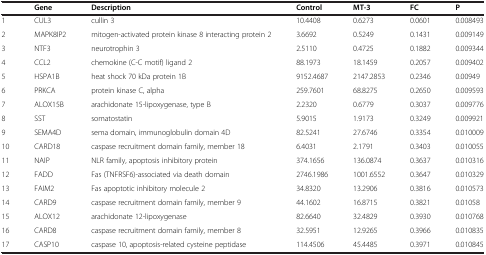
<table><thead><tr><td><b> </b></td><td><b>Gene</b></td><td><b>Description</b></td><td><b>Control</b></td><td><b>MT-3</b></td><td><b>FC</b></td><td><b>P</b></td></tr></thead><tbody><tr><td>1</td><td>CUL3</td><td>cullin 3</td><td>10.4408</td><td>0.6273</td><td>0.0601</td><td>0.008493</td></tr><tr><td>2</td><td>MAPK8IP2</td><td>mitogen-activated protein kinase 8 interacting protein 2</td><td>3.6692</td><td>0.5249</td><td>0.1431</td><td>0.009149</td></tr><tr><td>3</td><td>NTF3</td><td>neurotrophin 3</td><td>2.5110</td><td>0.4725</td><td>0.1882</td><td>0.009344</td></tr><tr><td>4</td><td>CCL2</td><td>chemokine (C-C motif) ligand 2</td><td>88.1973</td><td>18.1459</td><td>0.2057</td><td>0.009402</td></tr><tr><td>5</td><td>HSPA1B</td><td>heat shock 70 kDa protein 1B</td><td>9152.4687</td><td>2147.2853</td><td>0.2346</td><td>0.00949</td></tr><tr><td>6</td><td>PRKCA</td><td>protein kinase C, alpha</td><td>259.7601</td><td>68.8275</td><td>0.2650</td><td>0.009593</td></tr><tr><td>7</td><td>ALOX15B</td><td>arachidonate 15-lipoxygenase, type B</td><td>2.2320</td><td>0.6779</td><td>0.3037</td><td>0.009776</td></tr><tr><td>8</td><td>SST</td><td>somatostatin</td><td>5.9015</td><td>1.9173</td><td>0.3249</td><td>0.009921</td></tr><tr><td>9</td><td>SEMA4D</td><td>sema domain, immunoglobulin domain 4D</td><td>82.5241</td><td>27.6746</td><td>0.3354</td><td>0.010009</td></tr><tr><td>10</td><td>CARD18</td><td>caspase recruitment domain family, member 18</td><td>6.4031</td><td>2.1791</td><td>0.3403</td><td>0.010055</td></tr><tr><td>11</td><td>NAIP</td><td>NLR family, apoptosis inhibitory protein</td><td>374.1656</td><td>136.0874</td><td>0.3637</td><td>0.010316</td></tr><tr><td>12</td><td>FADD</td><td>Fas (TNFRSF6)-associated via death domain</td><td>2746.1986</td><td>1001.6552</td><td>0.3647</td><td>0.010329</td></tr><tr><td>13</td><td>FAIM2</td><td>Fas apoptotic inhibitory molecule 2</td><td>34.8320</td><td>13.2906</td><td>0.3816</td><td>0.010573</td></tr><tr><td>14</td><td>CARD9</td><td>caspase recruitment domain family, member 9</td><td>44.1602</td><td>16.8715</td><td>0.3821</td><td>0.01058</td></tr><tr><td>15</td><td>ALOX12</td><td>arachidonate 12-lipoxygenase</td><td>82.6640</td><td>32.4829</td><td>0.3930</td><td>0.010768</td></tr><tr><td>16</td><td>CARD8</td><td>caspase recruitment domain family, member 8</td><td>32.5951</td><td>12.9265</td><td>0.3966</td><td>0.010835</td></tr><tr><td>17</td><td>CASP10</td><td>caspase 10, apoptosis-related cysteine peptidase</td><td>114.4506</td><td>45.4485</td><td>0.3971</td><td>0.010845</td></tr></tbody></table>